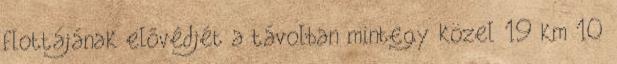
flottájának elővédjét a távolban mintegy közel 19 km 10